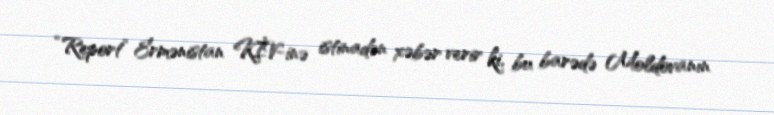
“Report” Ermənistan KİV-inə istinadən xəbər verir ki, bu barədə Moldovanın